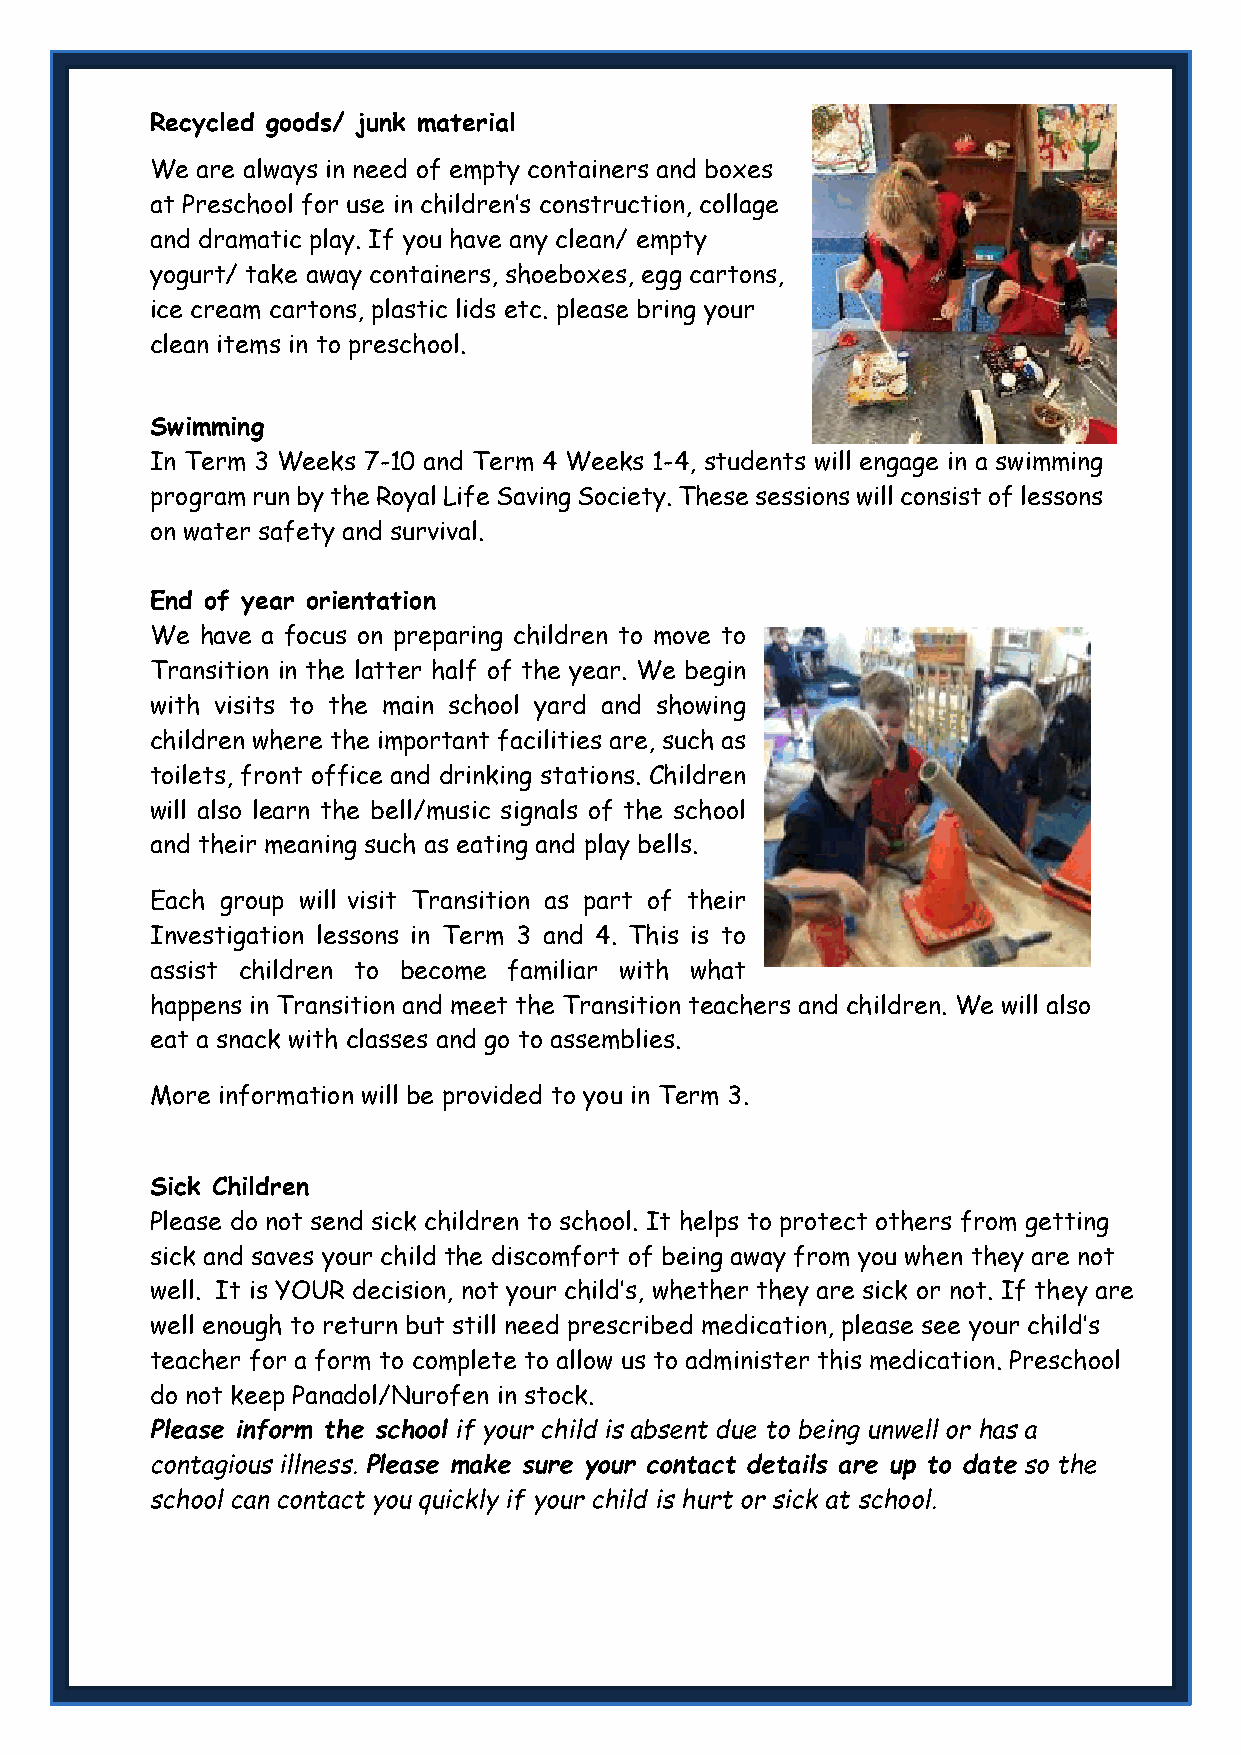
Recycled goods/ junk material
 We are always in need of empty containers and boxes
 at Preschool for use in children’s construction, collage
 and dramatic play. If you have any clean/ empty
 yogurt/ take away containers, shoeboxes, egg cartons,
 ice cream cartons, plastic lids etc. please bring your
 clean items in to preschool.
 Swimming
 In Term 3 Weeks 7-10 and Term 4 Weeks 1-4, students will engage in a swimming
 program run by the Royal Life Saving Society. These sessions will consist of lessons
 on water safety and survival.
 End of year orientation
 We have a focus on preparing children to move to
 Transition in the latter half of the year. We begin
 with visits to the main school yard and showing
 children where the important facilities are, such as
 toilets, front office and drinking stations. Children
 will also learn the bell/music signals of the school
 and their meaning such as eating and play bells.
 Each group will visit Transition as part of their
 Investigation lessons in Term 3 and 4. This is to
 assist children to become familiar with what
 happens in Transition and meet the Transition teachers and children. We will also
 eat a snack with classes and go to assemblies.
 More information will be provided to you in Term 3.
 Sick Children
 Please do not send sick children to school. It helps to protect others from getting
 sick and saves your child the discomfort of being away from you when they are not
 well. It is YOUR decision, not your child’s, whether they are sick or not. If they are
 well enough to return but still need prescribed medication, please see your child’s
 teacher for a form to complete to allow us to administer this medication. Preschool
 do not keep Panadol/Nurofen in stock.
 Please inform the school if your child is absent due to being unwell or has a
 contagious illness. Please make sure your contact details are up to date so the
 school can contact you quickly if your child is hurt or sick at school.